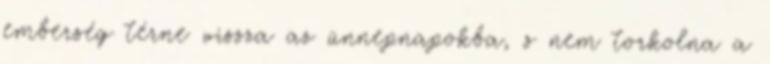
emberség térne vissza az ünnepnapokba, s nem torkolna a